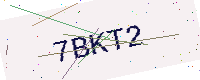
Text: 7BKT2